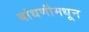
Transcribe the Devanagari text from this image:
बांधणीमधून